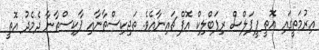
އިރުމަތީގައި އޮތީ ޕީޕަލްސް ރިޕަބްލިކް އޮފް ޗައިނާއެވެ. ތަޖިކިސްތާނާއި ޕާކިސްތާނާ ދެމެދު އޮޮތީ